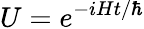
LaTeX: U=e^{-iHt/\hbar}